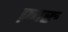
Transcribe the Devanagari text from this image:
फ़ारु